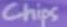
chips